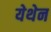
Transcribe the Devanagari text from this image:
येथेन